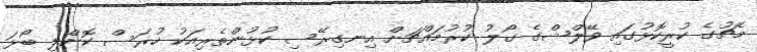
މެޗުގެ ކުރީކޮޅުގައި ވޭލްޝްގެ ގޯލު ކުރުމައްޗަށް އިނގިރޭސި ކުޅުންތެރިއަކު ހުރަސް ކޮށްލި ބޯޅަ